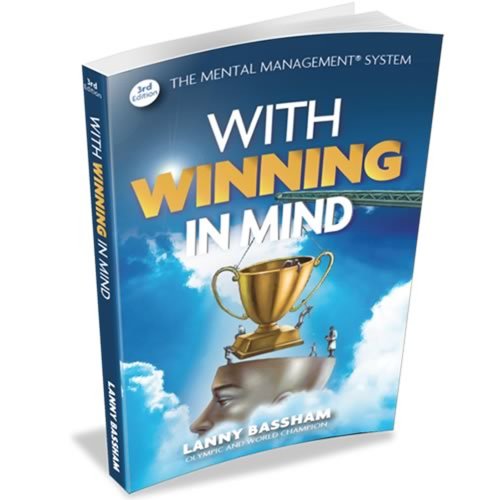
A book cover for With Winning in Mind 3rd. Ed.; Lanny Bassham; Sports & Outdoors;